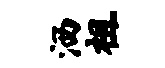
洒祖